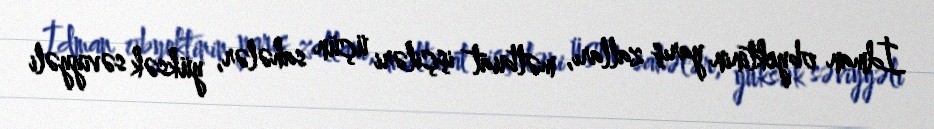
İdman obyektinin yarış zalları, mətbuat işçiləri üçün sahələr, yüksək səviyyəli